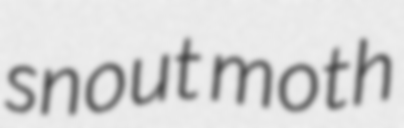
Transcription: snout moth